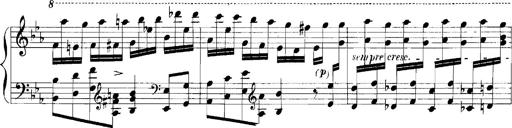
Title: Rhapsodies hongroises
Composer: Franz Liszt